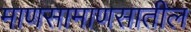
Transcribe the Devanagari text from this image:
माणसामाणसातील